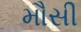
મૌસી